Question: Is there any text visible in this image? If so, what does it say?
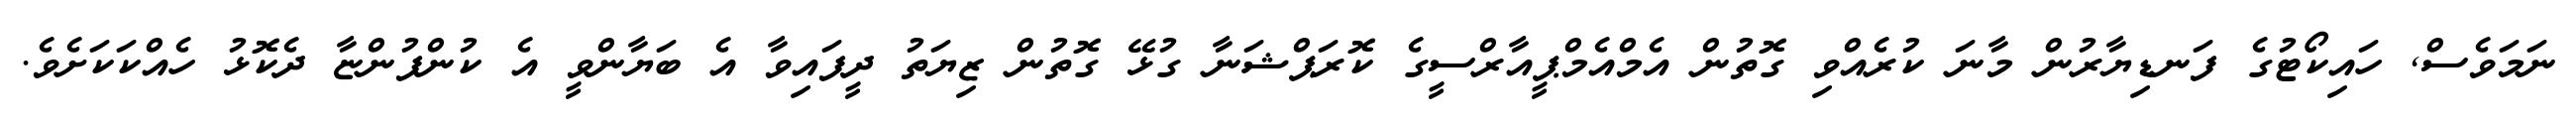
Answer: ނަމަވެސް, ހައިކޯޓުގެ ފަނޑިޔާރުން މާނަ ކުރެއްވި ގޮތުން އެމްއެމްޕީއާރްސީގެ ކޮރަޕްޝަނާ ގުޅޭ ގޮތުން ޒިޔަތު ދީފައިވާ އެ ބަޔާންވީ އެ ކުންފުންޏާ ދެކޮޅު ހެއްކަކަށެވެ.